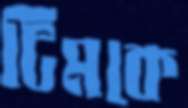
টিমকে